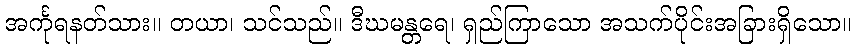
အင်္ကုရနတ်သား။ တယာ၊ သင်သည်။ ဒီဃမန္တရေ၊ ရှည်ကြာသော အသက်ပိုင်းအခြားရှိသော။